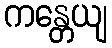
ကန္တေယျ